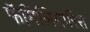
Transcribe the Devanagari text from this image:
फॅमिलियारिस